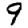
Digit: 9